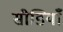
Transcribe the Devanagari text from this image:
सीडियाँ